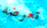
تعرضه